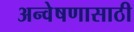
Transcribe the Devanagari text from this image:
अन्वेषणासाठी